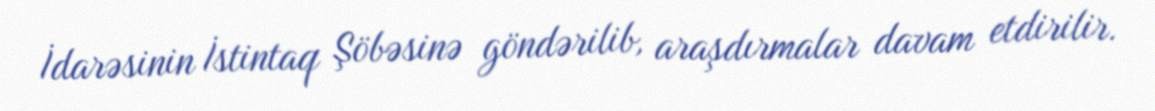
İdarəsinin İstintaq Şöbəsinə göndərilib, araşdırmalar davam etdirilir.